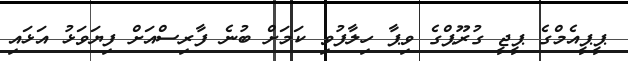
ޕީޕީއެމްގެ ޕީޖީ ގުރޫޕްގެ ވިޕާ ހިލާފުވި ކަމަށް ބުނެ ފާރިސްއަށް ފިޔަވަޅު އަޅައި